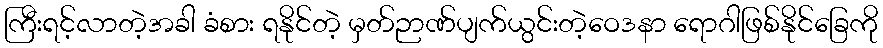
ကြီးရင့်လာတဲ့အခါ ခံစား ရနိုင်တဲ့ မှတ်ဉာဏ်ပျက်ယွင်းတဲ့ဝေဒနာ ရောဂါဖြစ်နိုင်ခြေကို